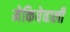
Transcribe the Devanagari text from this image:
मेकियेवाली